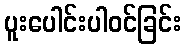
ပူးပေါင်းပါဝင်ခြင်း